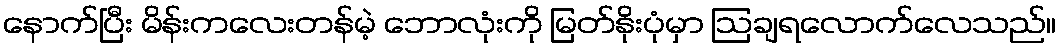
နောက်ပြီး မိန်းကလေးတန်မဲ့ ဘောလုံးကို မြတ်နိုးပုံမှာ ဩချရလောက်လေသည်။